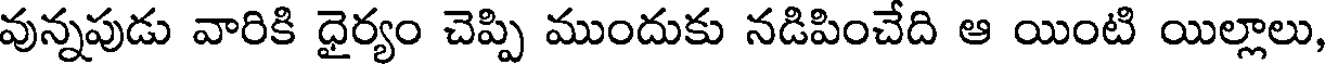
వున్నపుడు వారికి ధైర్యం చెప్పి ముందుకు నడిపించేది ఆ యింటి యిల్లాలు,